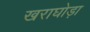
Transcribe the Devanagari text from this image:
खराघोड़ा